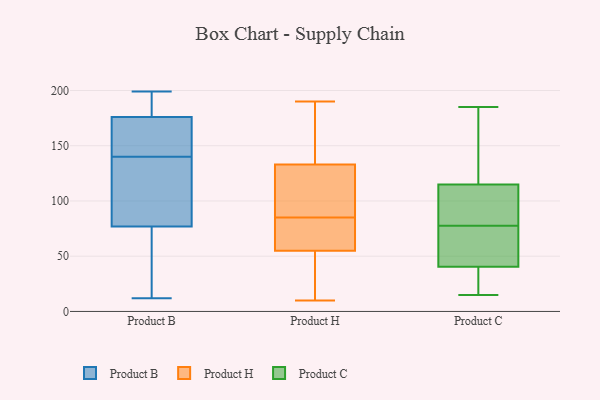
{"axis": {"x": "Net Income (USD K)", "y": "Value"}, "legend": ["Product B", "Product C", "Product H"], "data": [{"x": "", "y": 162, "type": "Product B"}, {"x": "", "y": 117, "type": "Product B"}, {"x": "", "y": 199, "type": "Product B"}, {"x": "", "y": 165, "type": "Product B"}, {"x": "", "y": 77, "type": "Product B"}, {"x": "", "y": 62, "type": "Product B"}, {"x": "", "y": 144, "type": "Product B"}, {"x": "", "y": 107, "type": "Product B"}, {"x": "", "y": 176, "type": "Product B"}, {"x": "", "y": 174, "type": "Product B"}, {"x": "", "y": 183, "type": "Product B"}, {"x": "", "y": 12, "type": "Product B"}, {"x": "", "y": 195, "type": "Product B"}, {"x": "", "y": 134, "type": "Product B"}, {"x": "", "y": 136, "type": "Product B"}, {"x": "", "y": 193, "type": "Product B"}, {"x": "", "y": 55, "type": "Product B"}, {"x": "", "y": 14, "type": "Product B"}, {"x": "", "y": 159, "type": "Product H"}, {"x": "", "y": 77, "type": "Product H"}, {"x": "", "y": 160, "type": "Product H"}, {"x": "", "y": 105, "type": "Product H"}, {"x": "", "y": 75, "type": "Product H"}, {"x": "", "y": 26, "type": "Product H"}, {"x": "", "y": 184, "type": "Product H"}, {"x": "", "y": 89, "type": "Product H"}, {"x": "", "y": 141, "type": "Product H"}, {"x": "", "y": 190, "type": "Product H"}, {"x": "", "y": 10, "type": "Product H"}, {"x": "", "y": 125, "type": "Product H"}, {"x": "", "y": 81, "type": "Product H"}, {"x": "", "y": 102, "type": "Product H"}, {"x": "", "y": 24, "type": "Product H"}, {"x": "", "y": 105, "type": "Product H"}, {"x": "", "y": 45, "type": "Product H"}, {"x": "", "y": 67, "type": "Product H"}, {"x": "", "y": 10, "type": "Product H"}, {"x": "", "y": 65, "type": "Product H"}, {"x": "", "y": 31, "type": "Product C"}, {"x": "", "y": 93, "type": "Product C"}, {"x": "", "y": 185, "type": "Product C"}, {"x": "", "y": 40, "type": "Product C"}, {"x": "", "y": 79, "type": "Product C"}, {"x": "", "y": 77, "type": "Product C"}, {"x": "", "y": 53, "type": "Product C"}, {"x": "", "y": 103, "type": "Product C"}, {"x": "", "y": 25, "type": "Product C"}, {"x": "", "y": 57, "type": "Product C"}, {"x": "", "y": 114, "type": "Product C"}, {"x": "", "y": 15, "type": "Product C"}, {"x": "", "y": 56, "type": "Product C"}, {"x": "", "y": 38, "type": "Product C"}, {"x": "", "y": 116, "type": "Product C"}, {"x": "", "y": 41, "type": "Product C"}, {"x": "", "y": 78, "type": "Product C"}, {"x": "", "y": 130, "type": "Product C"}, {"x": "", "y": 137, "type": "Product C"}, {"x": "", "y": 125, "type": "Product C"}]}